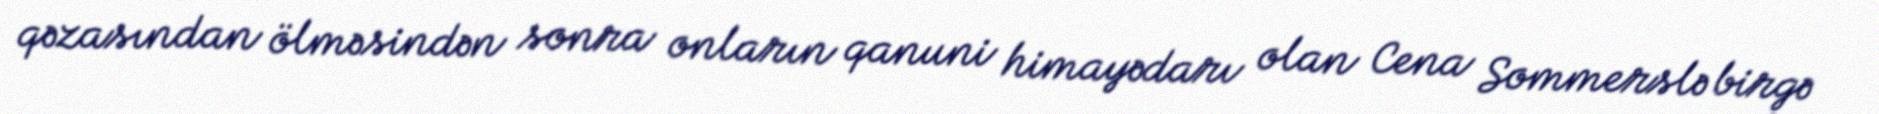
qəzasından ölməsindən sonra onların qanuni himayədarı olan Cena Sommerslə birgə